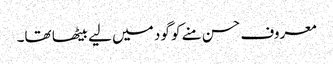
معروف حسن منے کو گود میں لیے بیٹھا تھا۔